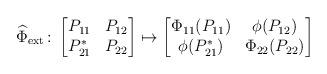
LaTeX: \begin{align*} \widehat \Phi_{\rm ext} \colon \begin{bmatrix} P_{11} & P_{12} \\ P_{21}^* & P_{22}\end{bmatrix} \mapsto \begin{bmatrix} \Phi_{11}(P_{11}) & \phi(P_{12}) \\ \phi(P_{21}^*) & \Phi_{22}( P_{22}) \end{bmatrix}\end{align*}